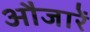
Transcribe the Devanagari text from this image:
औजारें